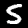
Digit: 5